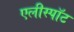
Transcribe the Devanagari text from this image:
एलीस्पॉट